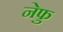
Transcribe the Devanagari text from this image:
नेफु